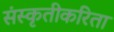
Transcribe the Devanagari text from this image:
संस्कृतीकरिता